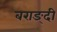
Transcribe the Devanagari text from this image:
बराङ्दी